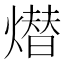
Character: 𤏖